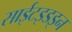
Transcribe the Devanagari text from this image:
साईटइडइन